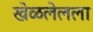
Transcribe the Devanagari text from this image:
खेळलेलला